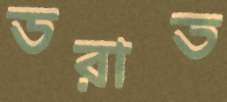
ডরাত